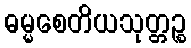
ဓမ္မစေတိယသုတ္တဉ္စ